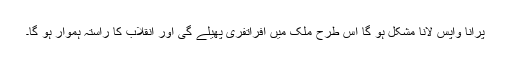
پرانا واپس لانا مشکل ہو گا اس طرح ملک میں افراتفری پھیلے گی اور انقلاب کا راستہ ہموار ہو گا۔